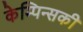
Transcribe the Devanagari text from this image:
केम्पिन्सकी